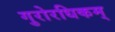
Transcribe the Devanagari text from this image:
गुरोरधिकम्